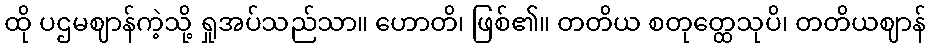
ထို ပဌမဈာန်ကဲ့သို့ ရှုအပ်သည်သာ။ ဟောတိ၊ ဖြစ်၏။ တတိယ စတုတ္ထေသုပိ၊ တတိယဈာန်